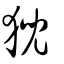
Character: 猊